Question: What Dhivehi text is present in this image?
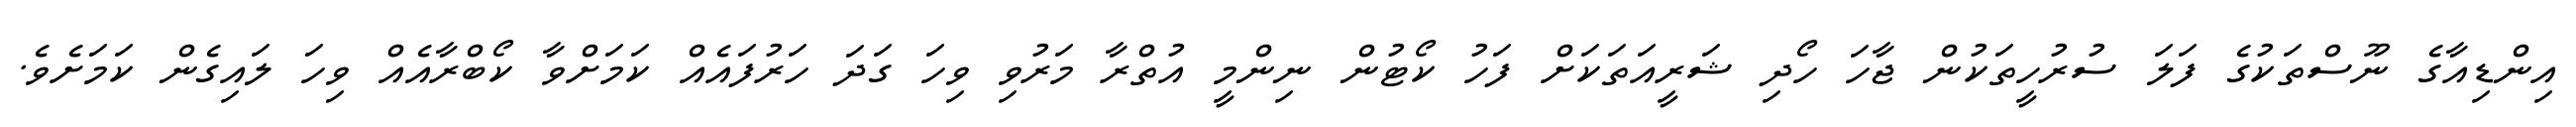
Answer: އިންޑިއާގެ ނޫސްތަކުގެ ފަލަ ސުރުހީތަކުން ޖާހަ ހޯދި ޝަރީއަތަކަށް ފަހު ކޯޓުން ނިންމީ އުތްރާ މަރުވި ވިހަ ގަދަ ހަރުފައެއް ކަމަށްވާ ކޯބްރާއެއް ވިހަ ލައިގެން ކަމަށެވެ.